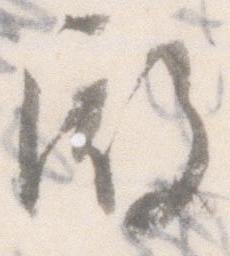
殿